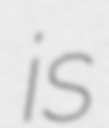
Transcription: is